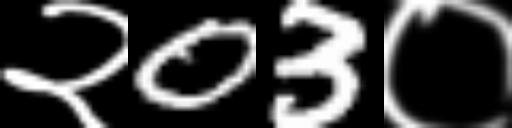
Text: २03०